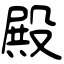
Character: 殿